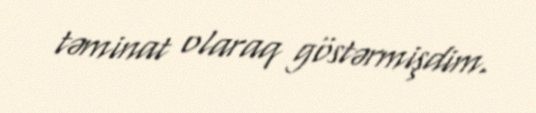
təminat olaraq göstərmişdim.